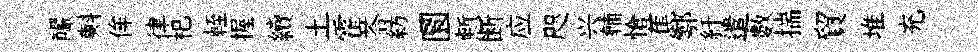
釅㪺侔律𣏌輊握續土霍苓紡圜慙断应咫兴輔愴蕉鄠紆遣數揣貿堆充